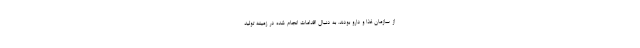
از سازمان غذا و دارو بودند. به دنبال اقدامات انجام شده در زمینه تولید